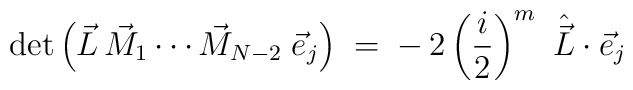
\det \left( \vec{L}\,\vec{M}_1 \cdots \vec{M}_{N-2}\;\vec{e}_j\right)\;=\; -\,2 \left( \frac i 2 \right)^m \ \hat{\vec{L}} \cdot \vec{e}_j